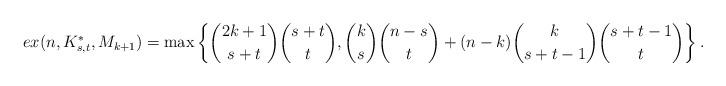
LaTeX: \begin{align*}ex(n,K_{s,t}^*,M_{k+1})=\max\left\{\binom{2k+1}{s+t}\binom{s+t}{t}, \binom{k}{s}\binom{n-s}{t}+(n-k)\binom{k}{s+t-1}\binom{s+t-1}{t}\right\}.\end{align*}